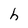
Character: h